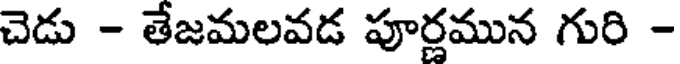
చెడు - తేజమలవడ పూర్ణమున గురి -